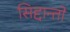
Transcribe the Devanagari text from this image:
सिद्दान्तो